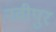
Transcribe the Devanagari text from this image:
नवीपुर